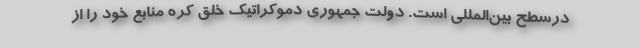
درسطح بین‌المللی است. دولت جمهوری دموکراتیک خلق کره منابع خود را از